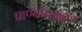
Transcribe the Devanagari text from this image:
प्राण्यांबद्द्ल